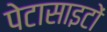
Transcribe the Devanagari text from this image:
पेटासाइटों